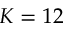
K = 1 2